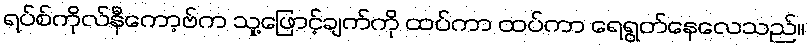
ရပ်စ်ကိုလ်နီကော့ဗ်က သူ့ဖြောင့်ချက်ကို ထပ်ကာ ထပ်ကာ ရေရွတ်နေလေသည်။